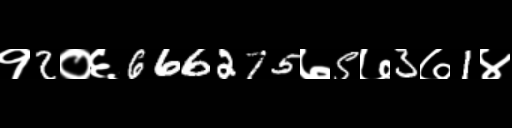
Text: १2०६666275७5७3७1४